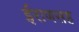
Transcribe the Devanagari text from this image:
ईराणसह